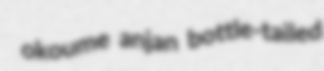
okoume anjan bottle-tailed